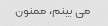
می بینم، ممنون